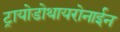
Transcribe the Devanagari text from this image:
ट्रायोडोथायरोनाईन